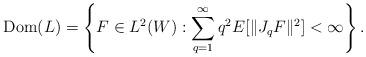
LaTeX: \begin{align*}\mathrm{Dom}(L)=\left\{F\in L^2(W):\sum_{q=1}^\infty q^2E[\|J_qF\|^2]<\infty\right\}.\end{align*}